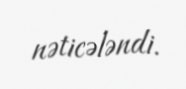
nəticələndi.